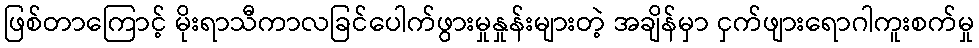
ဖြစ်တာကြောင့် မိုးရာသီကာလခြင်ပေါက်ဖွားမှုနှုန်းများတဲ့ အချိန်မှာ ငှက်ဖျားရောဂါကူးစက်မှု